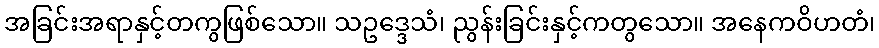
အခြင်းအရာနှင့်တကွဖြစ်သော။ သဥဒ္ဒေသံ၊ ညွန်းခြင်းနှင့်ကတွသော။ အနေကဝိဟတံ၊